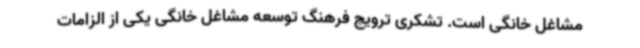
مشاغل خانگی است. تشکری ترویج فرهنگ توسعه مشاغل خانگی یکی از الزامات